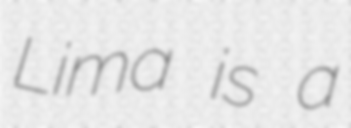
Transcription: Lima is a